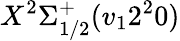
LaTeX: X^{2}\Sigma_{1/2}^{+}(v_{1}2^{2}0)